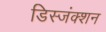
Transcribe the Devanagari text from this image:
डिस्जंक्शन